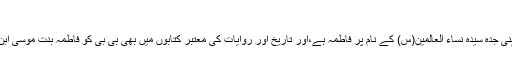
اس سوال کا جواب:
حضرت معصومہ قم(س) کا اصلی نام اپنی جدہ سیدہ نساء العالمین(س) کے نام پر فاطمہ ہے،اور تاریخ اور روایات کی معتبر کتابوں میں بھی بی بی کو فاطمہ بنت موسٰی ابن جعفر(ع) کے نام سے یاد کیا جاتا ہے۔